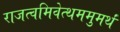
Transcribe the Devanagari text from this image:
राजत्वमिवेत्थममुमर्थं